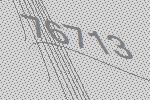
76713